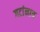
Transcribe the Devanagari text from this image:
गटांनाच